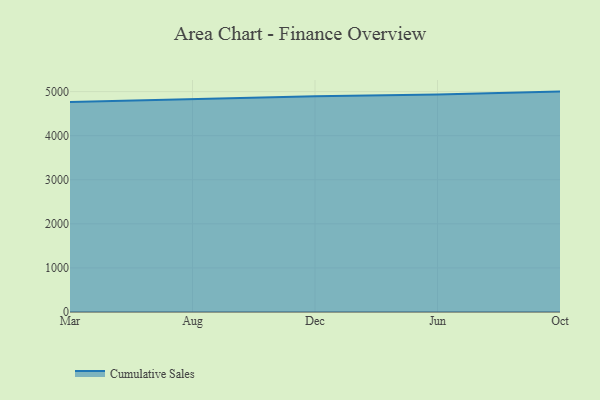
{"axis": {"x": "Month", "y": "Demand Index"}, "legend": ["Cumulative Sales"], "data": [{"x": "Mar", "y": 4764.2, "type": "Cumulative Sales"}, {"x": "Aug", "y": 4824.8, "type": "Cumulative Sales"}, {"x": "Dec", "y": 4896.8, "type": "Cumulative Sales"}, {"x": "Jun", "y": 4936.3, "type": "Cumulative Sales"}, {"x": "Oct", "y": 5000, "type": "Cumulative Sales"}]}